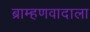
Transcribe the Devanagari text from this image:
ब्राम्हणवादाला